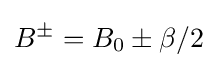
B^{\pm }=B_{0}\pm \beta /2